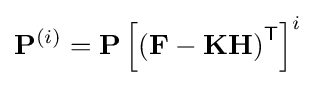
\mathbf {P} ^{(i)}=\mathbf {P} \left[\left(\mathbf {F} -\mathbf {K} \mathbf {H} \right)^{\textsf {T}}\right]^{i}